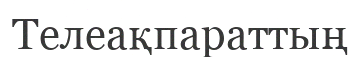
Телеақпараттың